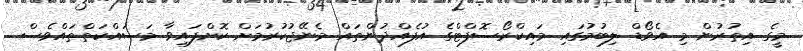
މީގެ އިތުުރުން މި އެވޯޑް ލިބުމުގައި މައިކްރޯސޮފްޓްގެ އުފެއްދުންތައް މެނޭޖުކުރުމަށް ކޮށްފައިވާ މަސައްކަތްތައްވެސް